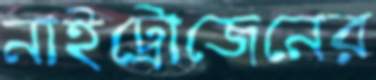
নাইট্রোজেনের